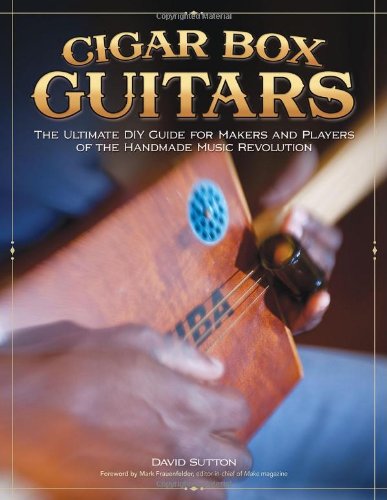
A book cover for Cigar Box Guitars: The Ultimate DIY Guide for the Makers and Players of the Handmade Music Revolution; David Sutton; Reference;